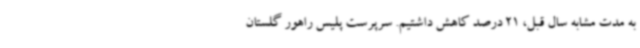
به مدت مشابه سال قبل، 21 درصد کاهش داشتیم. سرپرست پلیس راهور گلستان